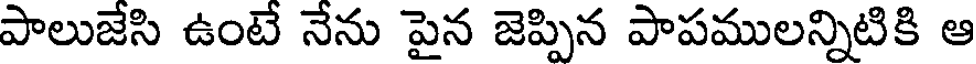
పాలుజేసి ఉంటే నేను పైన జెప్పిన పాపములన్నిటికి ఆ